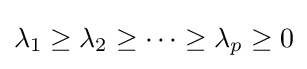
\lambda _{1}\geq \lambda _{2}\geq \cdots \geq \lambda _{p}\geq 0